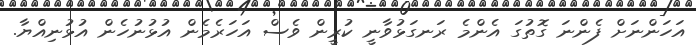
އަހަންނަށް ފެންނަ ގޮތުގަ އެންމެ ރަނގަޅުވާނީ ކުރީން ވެސް އަހަރެމެން އުޅުނުހެން އުޅުނިއްޔާ.